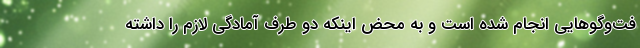
فت‌وگوهایی انجام شده است و به محض اینکه دو طرف آمادگی لازم را داشته